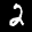
Label: 2